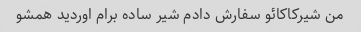
من شیرکاکائو سفارش دادم شیر ساده برام اوردید همشو